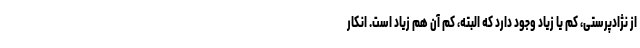
از نژادپرستی، کم یا زیاد وجود دارد که البته، کم آن هم زیاد است. انکار